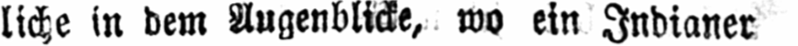
liche in dem Augenblicke, wo ein Indianer